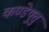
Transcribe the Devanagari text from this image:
कण्डेष़ुत्तु